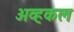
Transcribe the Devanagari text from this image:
अव्हकल